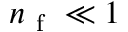
n _ { \mathrm { ~ f ~ } } \ll 1